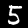
Label: 5